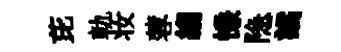
芘軌妆蓉縐慊隐譎